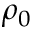
\rho _ { 0 }